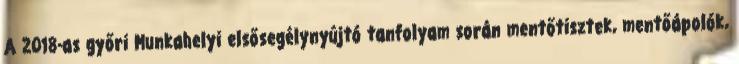
A 2018-as győri Munkahelyi elsősegélynyújtó tanfolyam során mentőtisztek, mentőápolók,